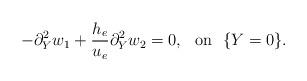
LaTeX: \begin{align*}-\partial_Y^2 w_1+\frac{h_e}{u_e}\partial_Y^2 w_2=0, \ \ \mathrm{on} \ \ \{Y=0 \}.\end{align*}